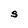
Character: S